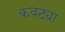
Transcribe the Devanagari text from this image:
कवट्या